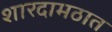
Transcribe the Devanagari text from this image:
शारदामठात